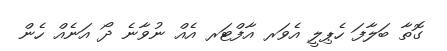
ގޮތާ ބަލާފަ ހެޕިލީ އެވަރ އާފްޓަރ އެއް ނުވާނެ ދޯ އަނެއް ހެން